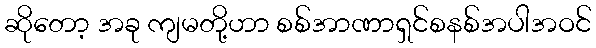
ဆိုတော့ အခု ကျမတို့ဟာ စစ်အာဏာရှင်စနစ်အပါအဝင်